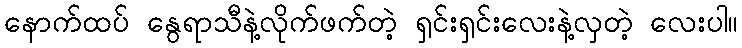
နောက်ထပ် နွေရာသီနဲ့လိုက်ဖက်တဲ့ ရှင်းရှင်းလေးနဲ့လှတဲ့ လေးပါ။